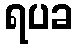
ရပခ